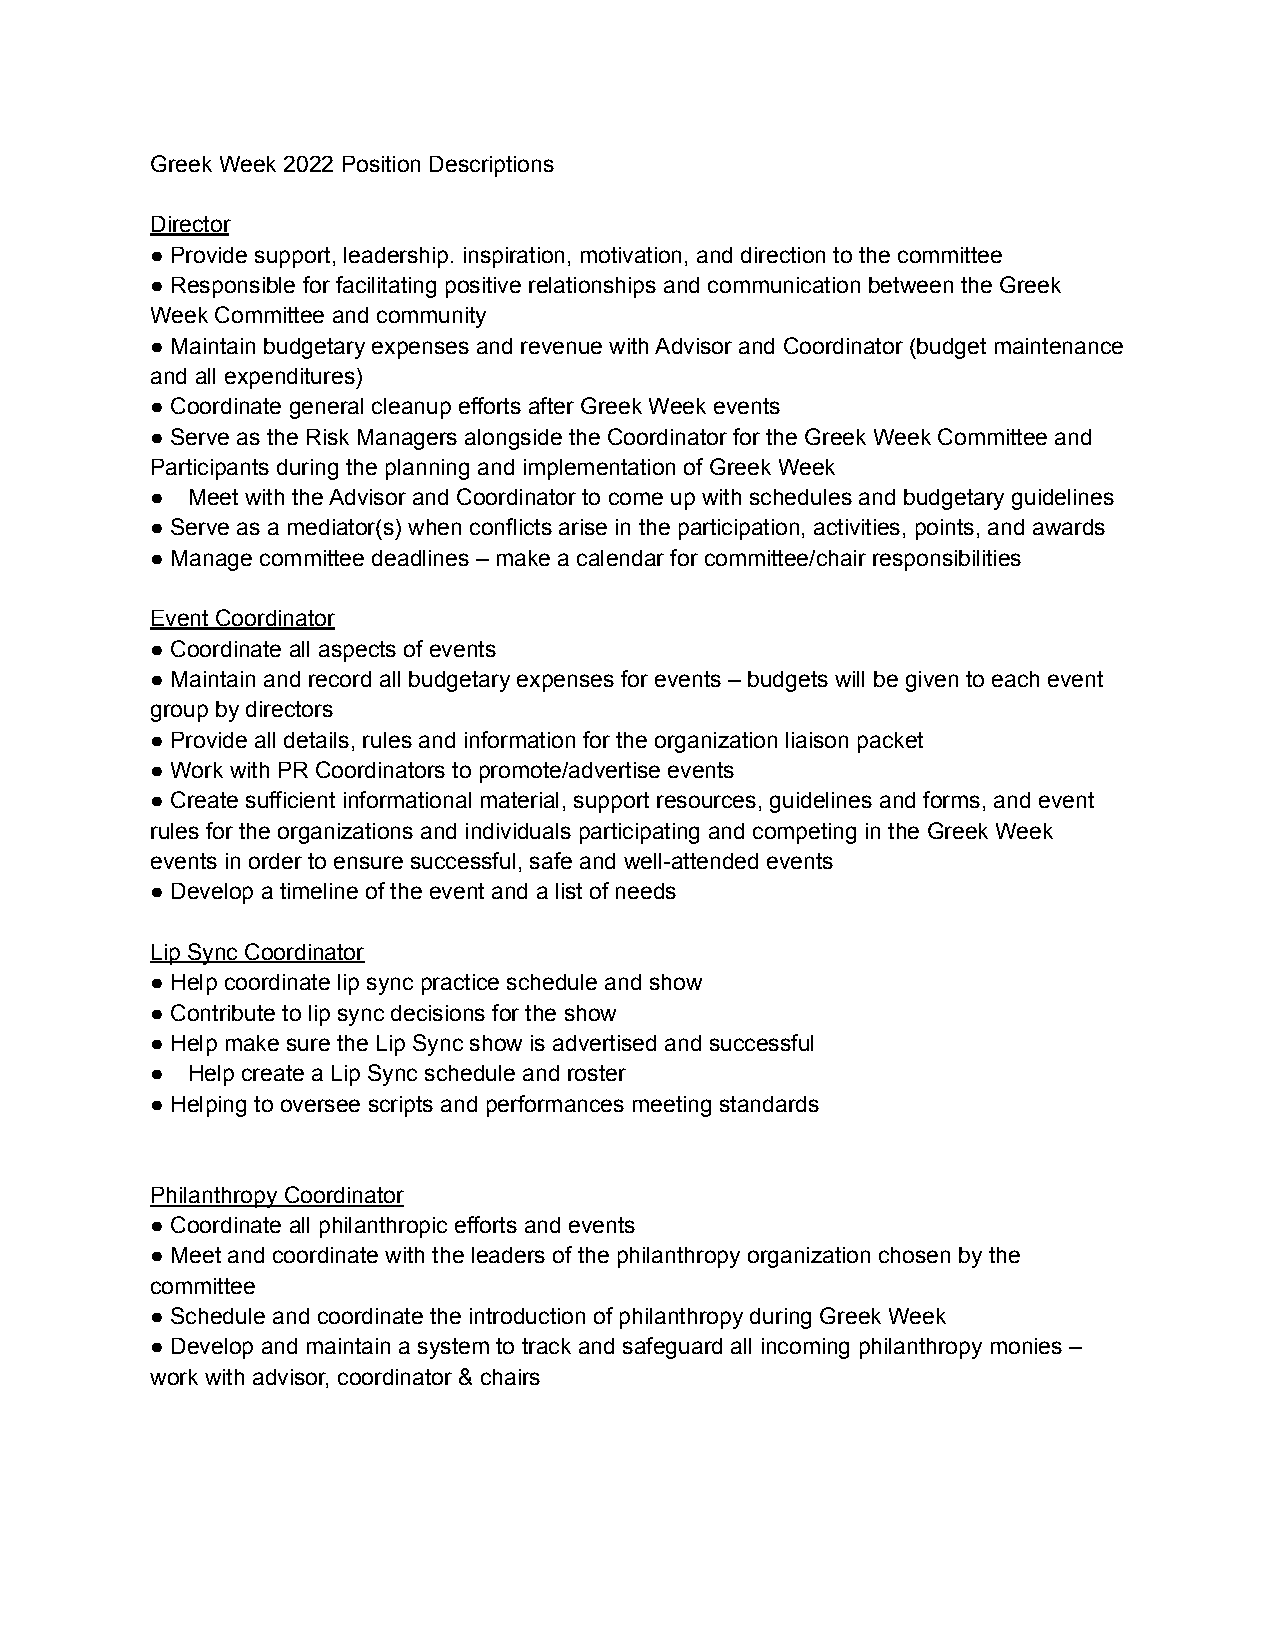
Greek Week 2022 Position Descriptions
 Director
 ● Provide support, leadership. inspiration, motivation, and direction to the committee
 ● Responsible for facilitating positive relationships and communication between the Greek
 Week Committee and community
 ● Maintain budgetary expenses and revenue with Advisor and Coordinator (budget maintenance
 and all expenditures)
 ● Coordinate general cleanup efforts after Greek Week events
 ● Serve as the Risk Managers alongside the Coordinator for the Greek Week Committee and
 Participants during the planning and implementation of Greek Week
 ● Meet with the Advisor and Coordinator to come up with schedules and budgetary guidelines
 ● Serve as a mediator(s) when conflicts arise in the participation, activities, points, and awards
 ● Manage committee deadlines – make a calendar for committee/chair responsibilities
 Event Coordinator
 ● Coordinate all aspects of events
 ● Maintain and record all budgetary expenses for events – budgets will be given to each event
 group by directors
 ● Provide all details, rules and information for the organization liaison packet
 ● Work with PR Coordinators to promote/advertise events
 ● Create sufficient informational material, support resources, guidelines and forms, and event
 rules for the organizations and individuals participating and competing in the Greek Week
 events in order to ensure successful, safe and well-attended events
 ● Develop a timeline of the event and a list of needs
 Lip Sync Coordinator
 ● Help coordinate lip sync practice schedule and show
 ● Contribute to lip sync decisions for the show
 ● Help make sure the Lip Sync show is advertised and successful
 ● Help create a Lip Sync schedule and roster
 ● Helping to oversee scripts and performances meeting standards
 Philanthropy Coordinator
 ● Coordinate all philanthropic efforts and events
 ● Meet and coordinate with the leaders of the philanthropy organization chosen by the
 committee
 ● Schedule and coordinate the introduction of philanthropy during Greek Week
 ● Develop and maintain a system to track and safeguard all incoming philanthropy monies –
 work with advisor, coordinator & chairs